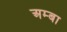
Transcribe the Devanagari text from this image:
अम्‍बा